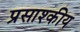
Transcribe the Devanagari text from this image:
प्रसाश्कीय